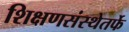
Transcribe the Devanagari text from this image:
शिक्षणसंस्थेतर्फे